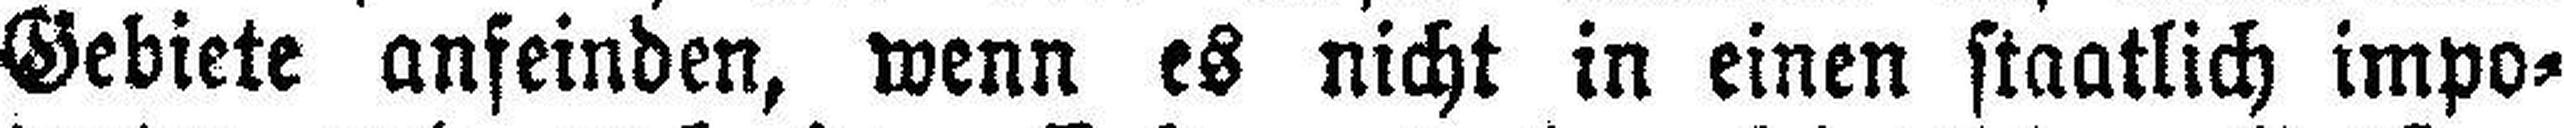
Gebiete anfeinden, wenn es nicht in einen staatlich impo¬